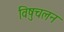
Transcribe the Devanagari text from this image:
विषुचलन